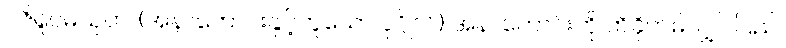
ဝဇိရူပမသုတ်၊ (အနာဟောင်းနှင့်တူသော ပုဂ္ဂိုလ်) အနာဟောင်းကို ထိခိုက်မိလျှင် ပြည်၊